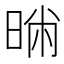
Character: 𣇢